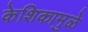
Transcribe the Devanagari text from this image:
केशिकामुळे